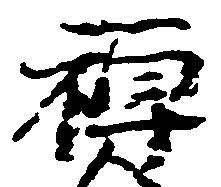
禅